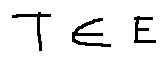
T \in E